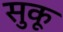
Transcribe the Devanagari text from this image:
सुकू